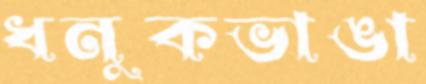
ধনুকভাঙা